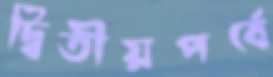
দ্বিতীয়পর্বে